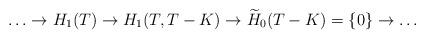
LaTeX: \begin{align*}\ldots\rightarrow H_{1}(T)\rightarrow H_{1}(T,T-K)\rightarrow \widetilde{H}_{0}(T-K)=\{0\}\rightarrow\ldots\end{align*}